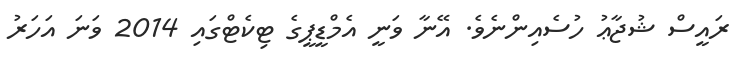
ރައީސް ޝުޖާޢު ހުސެއިންނެވެ. އޭނާ ވަނީ އެމްޑީޕީގެ ޓިކެޓްގައި 2014 ވަނަ އަހަރު